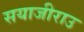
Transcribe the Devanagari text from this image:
सयाजीराउ